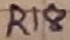
Text: R18